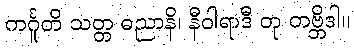
ကင်္ဂူတိ သတ္တ ဓညာနိ၊ နီဝါရာဒီ တု တဗ္ဘိဒါ။